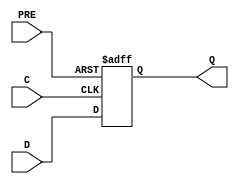
// $Header: /devl/xcs/repo/env/Databases/CAEInterfaces/xec_libs/data/unisims/FDP_1.v,v 1.1 2005/05/10 01:20:03 wloo Exp $

/*

FUNCTION	: D-FLIP-FLOP with async preset

*/

// `celldefine
`timescale  100 ps / 10 ps

module FDP_1 (Q, C, D, PRE);

    parameter INIT = 1'b1;

    output Q;
    reg    Q;

    input  C, D, PRE;

	always @(posedge PRE or negedge C)
	    if (PRE)
		Q <= 1;
	    else
	        Q <= D;

endmodule